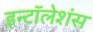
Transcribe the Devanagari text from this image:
इन्टॉलेशंस